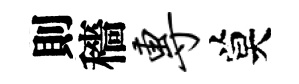
則穡专莫